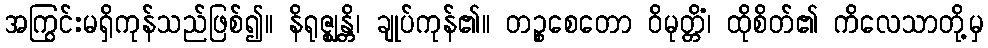
အကြွင်းမရှိကုန်သည်ဖြစ်၍။ နိရုဇ္ဈန္တိ၊ ချုပ်ကုန်၏။ တဉ္စစေတော ဝိမုတ္တိံ၊ ထိုစိတ်၏ ကိလေသာတို့မှ